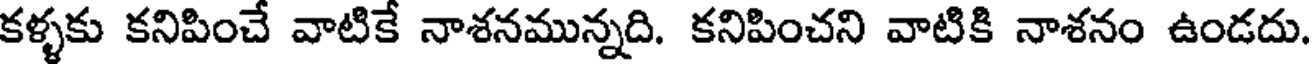
కళ్ళకు కనిపించే వాటికే నాశనమున్నది. కనిపించని వాటికి నాశనం ఉండదు.